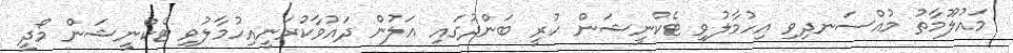
މައުލޫމާތު މުއްސަނދިވި އިހުމާލުވި ޓެކްނީޝަން ހުރީ ބަންދުގައި އަލުން ދައުވާކުރަނީއިހުމާލުވި ޓެކްނީޝަން މޯދީ